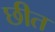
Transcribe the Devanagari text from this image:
छीत